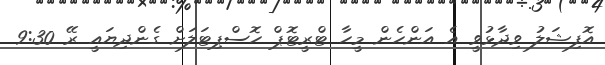
އޮފިޝަލު ވިދާޅުވީ އެ އަންހެން މީހާ ޓްރީޓޮޕް ހޮސްޕިޓަލަށް ގެންދިޔައީ ރޭ 9:30